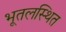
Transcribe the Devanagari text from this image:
भूतलस्थित